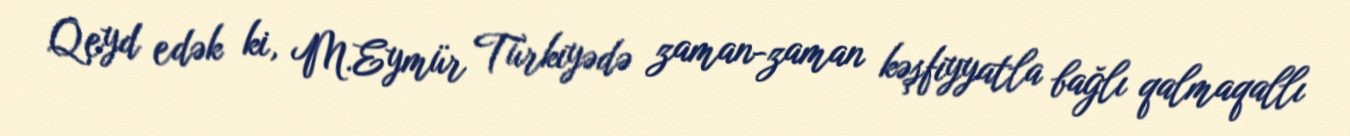
Qeyd edək ki, M.Eymür Türkiyədə zaman-zaman kəşfiyyatla bağlı qalmaqallı